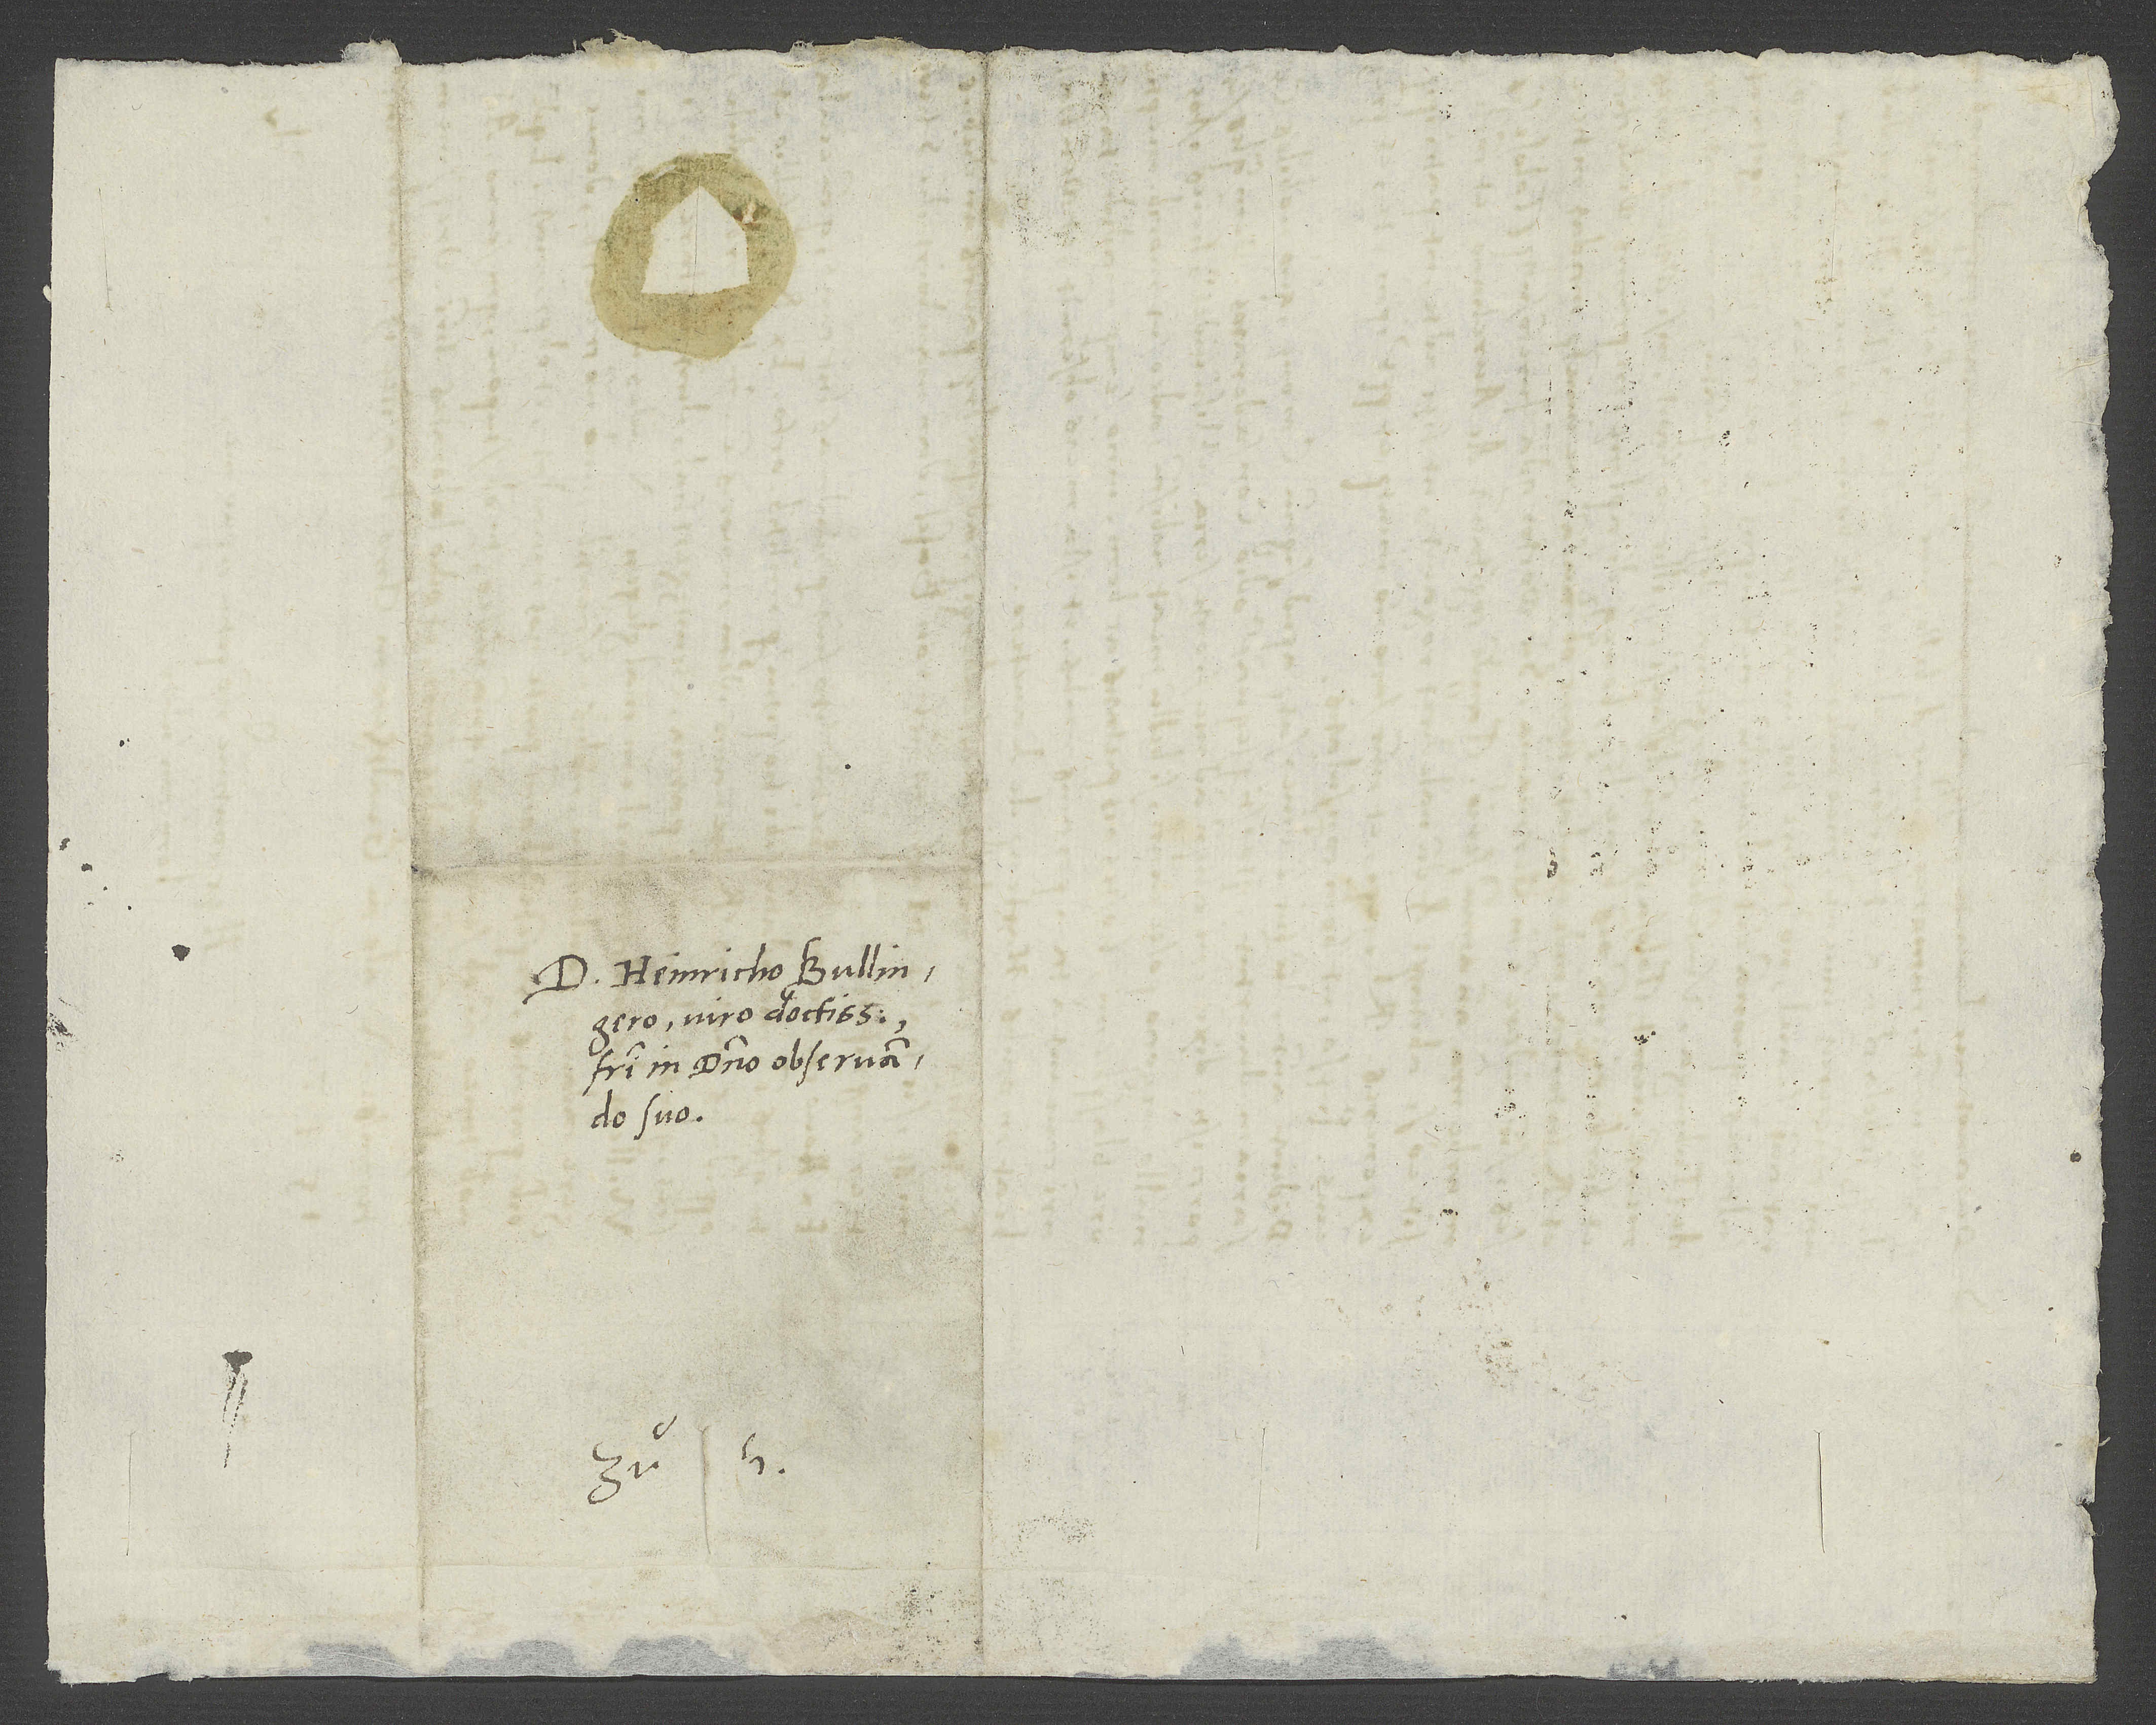
D. Heinricho Bullingero,
viro doctissimo,
fratri in domino observando
suo.
S.